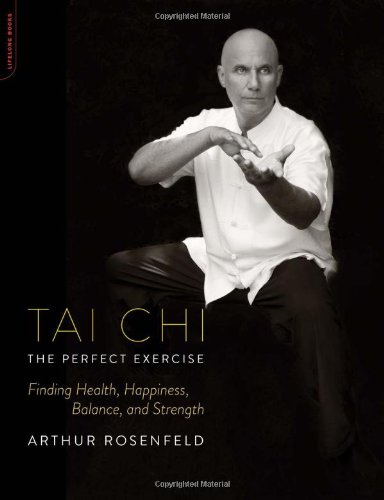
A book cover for Tai Chi--The Perfect Exercise: Finding Health, Happiness, Balance, and Strength; Arthur Rosenfeld; Health, Fitness & Dieting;